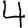
Digit: 4